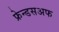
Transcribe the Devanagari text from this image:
फ्रेन्डसअफ